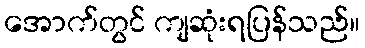
အောက်တွင် ကျဆုံးရပြန်သည်။